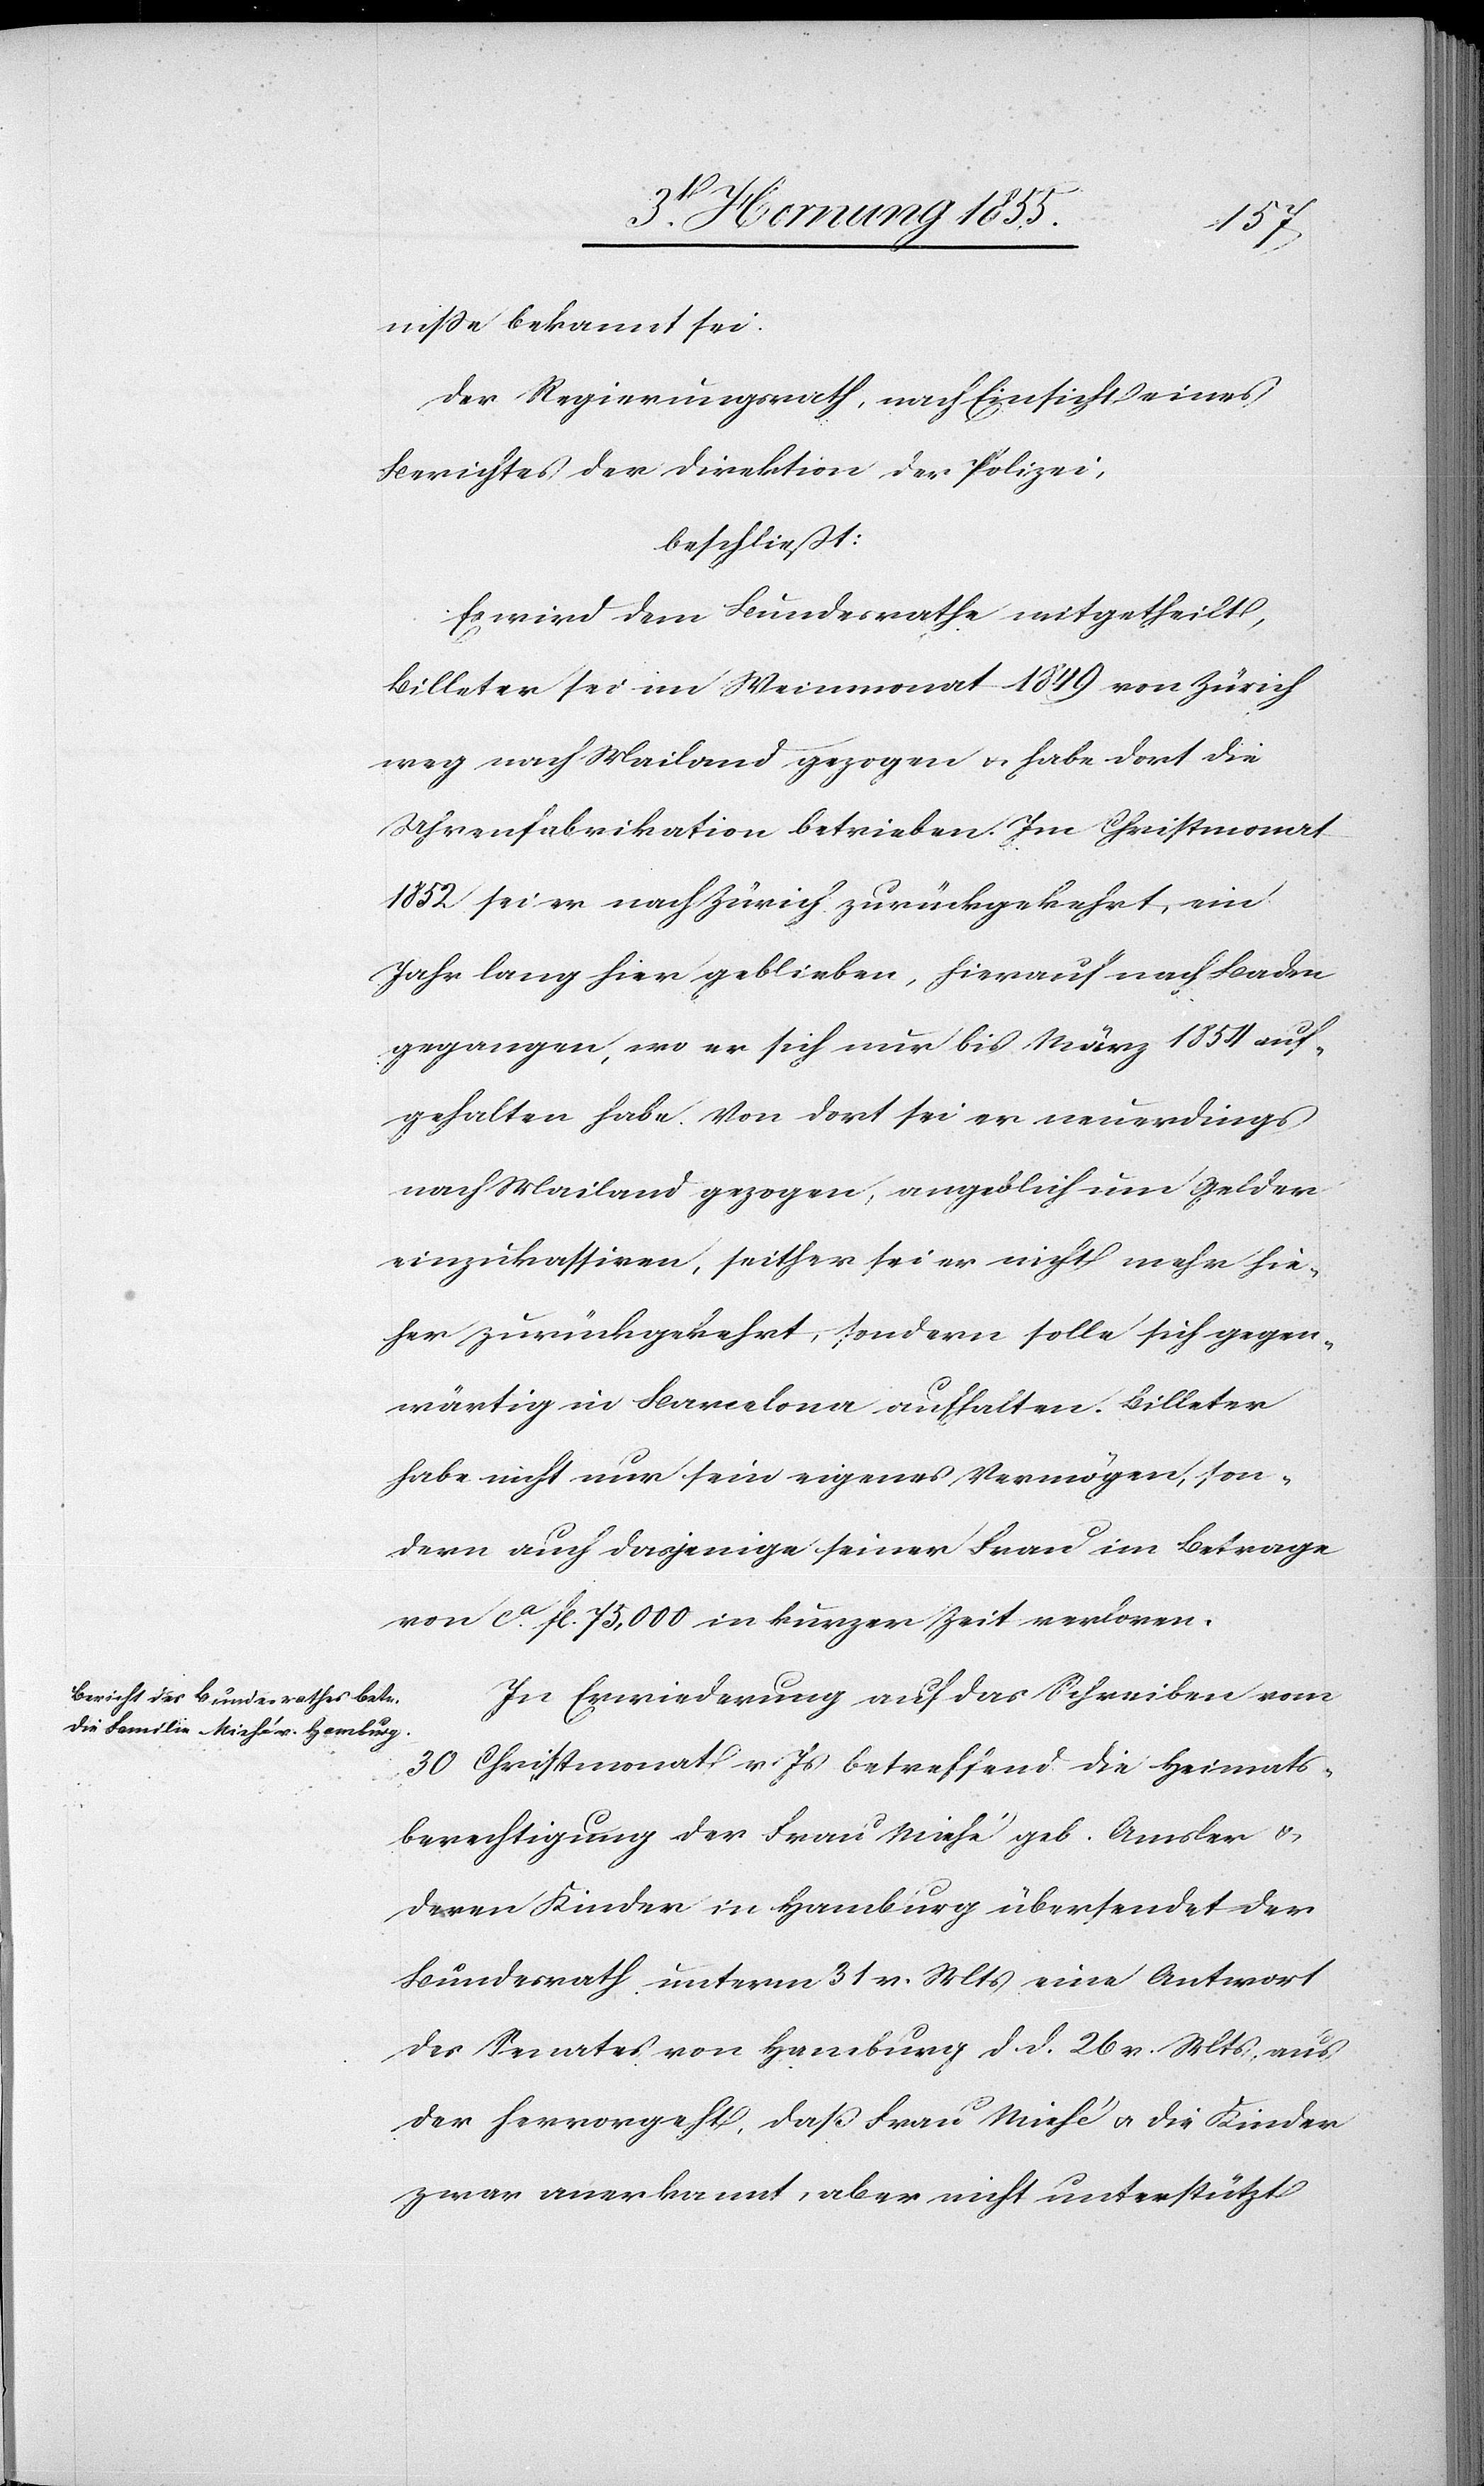
nisse bekannt sei.
Der Regierungsrath, nach Einsicht eines
Berichtes der Direktion der Polizei,
beschließt:
Es wird dem Bundesrathe mitgetheilt,
Billeter sei im Weinmonat 1849 von Zürich
weg nach Mailand gezogen & habe dort die
Uhrenfabrikation betrieben. Im Christmonat
1852 sei er nach Zürich zurückgekehrt, ein
Jahr lang hier geblieben, hierauf nach Baden
gegangen, wo er sich nur bis März 1854 auf¬
gehalten habe. Von dort sei er neuerdings
nach Mailand gezogen, angeblich um Gelder
einzukassiren, seither sei er nicht mehr hie¬
her zurückgekehrt, sondern solle sich gegen¬
wärtig in Barcelona aufhalten. Billeter
habe nicht nur sein eigenes Vermögen, son¬
dern auch dasjenige seiner Frau im Betrage
von ca. fl. 75,000 in kurzer Zeit verloren.
In Erwiederung auf das Schreiben vom
30 Christmonat v. Js betreffend die Heimats¬
berechtigung der Frau Miehé geb. Amsler &
deren Kinder in Hamburg übersendet der
Bundesrath unterm 31 v. Mts eine Antwort
des Senates von Hamburg d. d. 26 v. Mts, aus
der hervorgeht, daß Frau Miehé & die Kinder
zwar anerkannt, aber nicht unterstützt